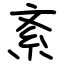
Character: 紊